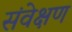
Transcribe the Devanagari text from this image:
संवेक्षण